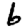
Digit: 6